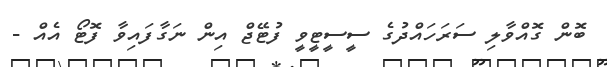
ބޮން ގޮއްވާލި ސަރަހައްދުގެ ސީސީޓީވީ ފުޓޭޖް އިން ނަގާފައިވާ ފޮޓޯ އެއް -